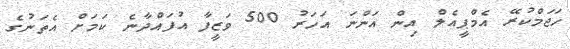
ހަޖަމްކުރޭ އެމްޕީއެލް އިން އަންނަ އަހަރު 500 ވަޒީފާ އުފަައްދާނެ ކަމަށް އެތަނުގެ